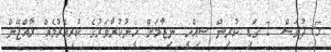
5 ދުވަސް 7 ގަޑި ކުރިން ސިއްހީ ނިޒާމަށް ހީނުކުރާވަރުގެ ކުރިއެރުމެއް ރާއްޖޭން